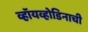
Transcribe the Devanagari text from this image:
व्हॉयव्होडिनाची